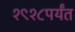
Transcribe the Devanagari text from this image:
१९१८पर्यंत